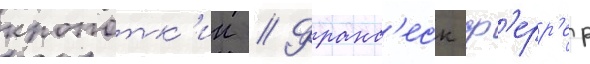
кропотк'ин // Франс'еск ф'ерр'ер